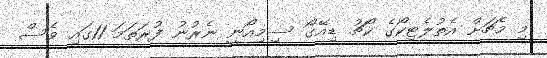
މި މެޗަށް އެތުލެޓިކޯގެ ކޯޗު ޑިއޭގޯ ސިމިއޯނީ ނެރުނު ފުރަތަމަ 11ގައި ވެސް